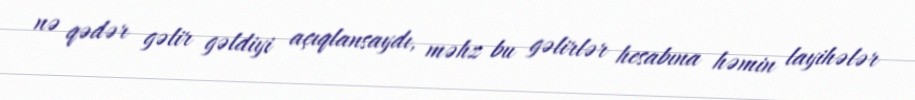
nə qədər gəlir gəldiyi açıqlansaydı, məhz bu gəlirlər hesabına həmin layihələr